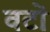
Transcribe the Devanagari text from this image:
वटों